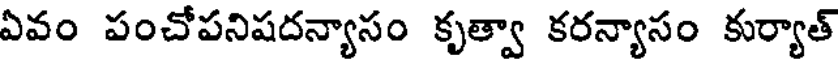
ఏవం పంచోపనిషదన్యాసం కృత్వా కరన్యాసం కుర్యాత్